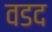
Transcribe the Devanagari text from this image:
वडद